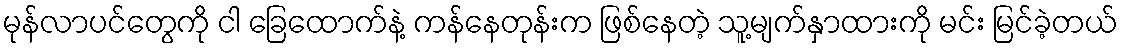
မုန်လာပင်တွေကို ငါ ခြေထောက်နဲ့ ကန်နေတုန်းက ဖြစ်နေတဲ့ သူ့မျက်နှာထားကို မင်း မြင်ခဲ့တယ်